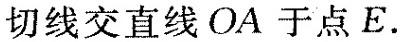
切线交直线OA于点E.